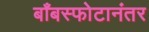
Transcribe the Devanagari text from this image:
बाँबस्फोटानंतर